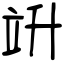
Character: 竔